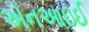
એનઆઇઈ